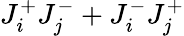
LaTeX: J_{i}^{+}J_{j}^{-}+J_{i}^{-}J_{j}^{+}